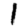
Digit: 1